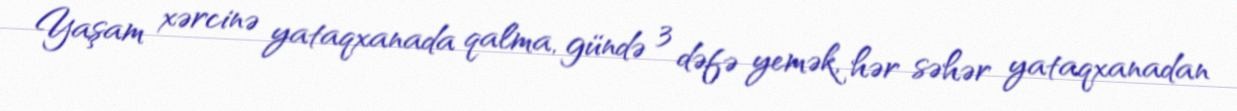
Yaşam xərcinə yataqxanada qalma, gündə 3 dəfə yemək, hər səhər yataqxanadan